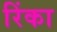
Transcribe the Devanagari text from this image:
रिंका